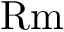
\mathrm { R m }